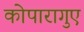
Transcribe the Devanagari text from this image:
कोपारागुए